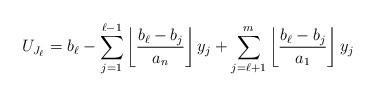
LaTeX: \begin{align*} U_{J_\ell}= b_\ell -\sum_{j=1}^{\ell-1}\left\lfloor\frac{b_\ell-b_j}{a_n}\right\rfloor y_j + \sum_{j=\ell+1}^{m}\left\lfloor\frac{b_\ell-b_j}{a_1}\right\rfloor y_j\end{align*}